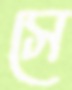
সে